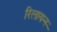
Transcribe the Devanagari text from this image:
रिलायन्स्‍